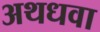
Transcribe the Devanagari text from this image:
अथधवा